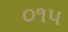
૦૧૫